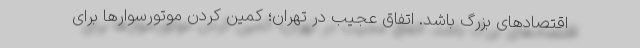
اقتصادهای بزرگ باشد. اتفاق عجیب در تهران؛ کمین کردن موتورسوارها برای